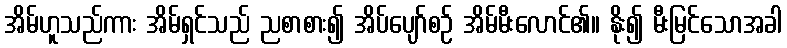
အိမ်ဟူသည်ကား အိမ်ရှင်သည် ညစာစား၍ အိပ်ပျော်စဉ် အိမ်မီးလောင်၏။ နိုး၍ မီးမြင်သောအခါ